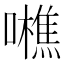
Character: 𡃼